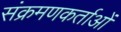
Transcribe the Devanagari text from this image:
संक्रमणकर्ताओं